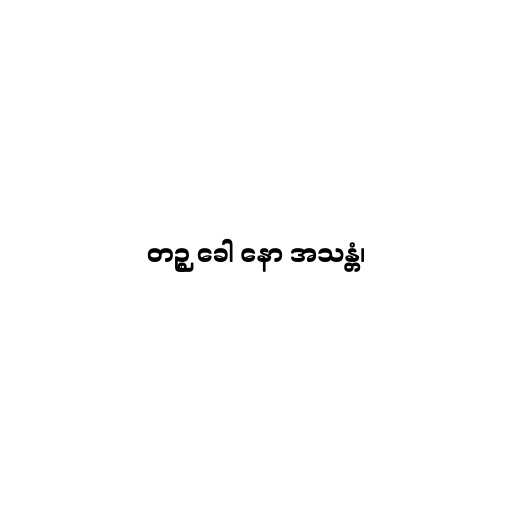
တဉ္စ ခေါ နော အသန္တံ၊